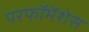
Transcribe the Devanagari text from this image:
परफॉमेंशेस